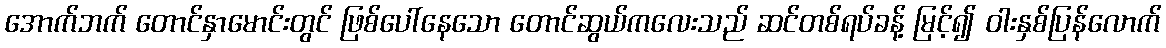
အောက်ဘက် တောင်နှာမောင်းတွင် ဖြစ်ပေါ်နေသော တောင်ဆွယ်ကလေးသည် ဆင်တစ်ရပ်ခန့် မြင့်၍ ဝါးနှစ်ပြန်လောက်